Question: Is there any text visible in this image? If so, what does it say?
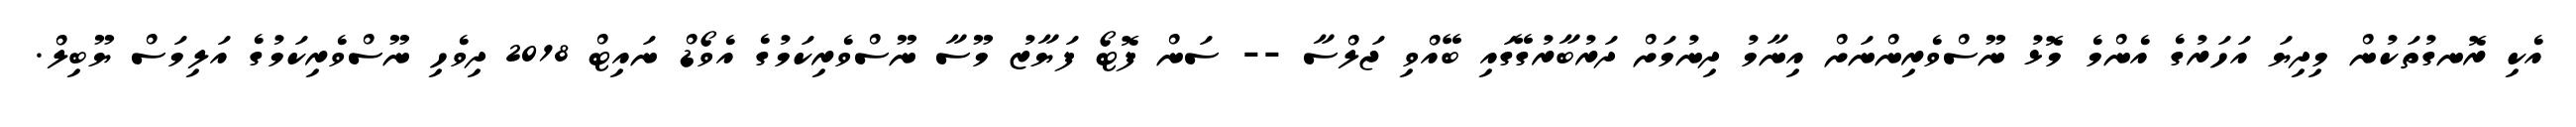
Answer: އެކި ރޮނގުތަކުން މިދިޔަ އަހަރުގެ އެންމެ މޮޅު ނޫސްވެރިންނަށް އިނާމު ދިނުމަށް ދަރުބާރުގޭގައި ބޭއްވި ޖަލްސާ -- ސަން ފޮޓޯ ފަޔާޒު މޫސާ ނޫސްވެރިކަމުގެ އެވޯޑް ނައިޓް 2018 ދިވެހި ނޫސްވެރިކަމުގެ އަލިމަސް ޔޫބިލް.